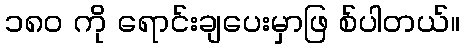
၁၈၀ ကို ရောင်းချပေးမှာဖြ စ်ပါတယ်။